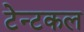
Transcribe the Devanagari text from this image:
टेन्टकल